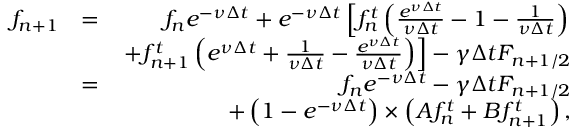
\begin{array} { r l r } { f _ { n + 1 } } & { = } & { f _ { n } e ^ { - \nu \Delta t } + e ^ { - \nu \Delta t } \left[ f _ { n } ^ { t } \left( \frac { e ^ { \nu \Delta t } } { \nu \Delta t } - 1 - \frac { 1 } { \nu \Delta t } \right) \right. } \\ & { } & { \left. + f _ { n + 1 } ^ { t } \left( e ^ { \nu \Delta t } + \frac { 1 } { \nu \Delta t } - \frac { e ^ { \nu \Delta t } } { \nu \Delta t } \right) \right] - \gamma \Delta t F _ { n + 1 / 2 } } \\ & { = } & { f _ { n } e ^ { - \nu \Delta t } - \gamma \Delta t F _ { n + 1 / 2 } } \\ & { } & { + \left( 1 - e ^ { - \nu \Delta t } \right) \times \left( A f _ { n } ^ { t } + B f _ { n + 1 } ^ { t } \right) , } \end{array}